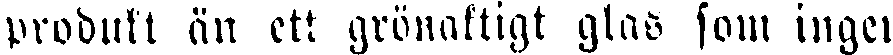
produkt än ett grönaktigt glas som ingen